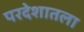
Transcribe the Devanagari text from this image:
परदेशातला